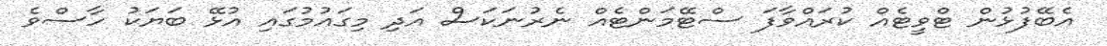
އެބޭފުޅުން ޓްވީޓެއް ކުރައްވާފަ ސްޓޭމަންޓެއް ނެރުނަކަސް އަދި މިގައުމުގައި އުޅޭ ބަޔަކު ހާސްވެ